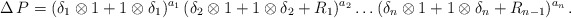
\begin{align*}\Delta \, P = (\delta_1 \otimes 1 + 1 \otimes \delta_1)^{a_1} \, (\delta_2 \otimes 1 + 1 \otimes \delta_2 + R_1)^{a_2} \ldots (\delta_n \otimes 1 + 1 \otimes \delta_n + R_{n-1})^{a_n} \, .\end{align*}